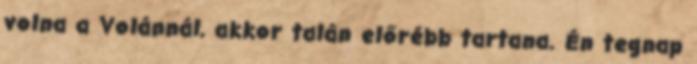
volna a Volánnál, akkor talán előrébb tartana. Én tegnap